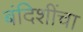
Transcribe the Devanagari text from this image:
बंदिशींचा